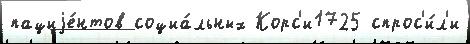
пациjе́нтов социа́льных Корс'и1725 спрос'и́л'и